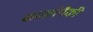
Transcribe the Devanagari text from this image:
वादळांपैकी